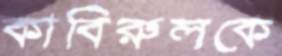
কাবিরুলকে